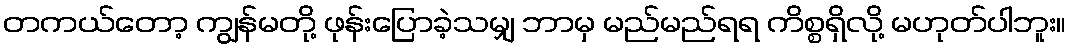
တကယ်တော့ ကျွန်မတို့ ဖုန်းပြောခဲ့သမျှ ဘာမှ မည်မည်ရရ ကိစ္စရှိလို့ မဟုတ်ပါဘူး။